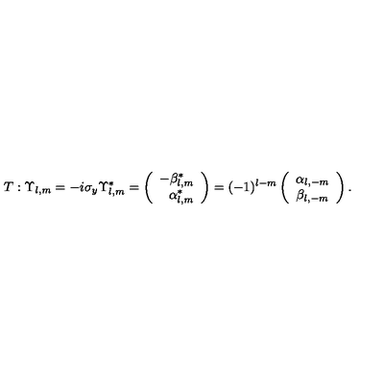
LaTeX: T : \Upsilon _ { l , m } = - i \sigma _ { y } \Upsilon _ { l , m } ^ { * } = \left( \begin{array} { r } { - \beta _ { l , m } ^ { * } } \\ { \alpha _ { l , m } ^ { * } } \\ \end{array} \right) = ( - 1 ) ^ { l - m } \left( \begin{array} { c } { \alpha _ { l , - m } } \\ { \beta _ { l , - m } } \\ \end{array} \right) .